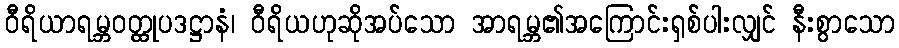
ဝီရိယာရမ္ဘဝတ္ထုပဒဋ္ဌာနံ၊ ဝီရိယဟုဆိုအပ်သော အာရမ္ဘ၏အကြောင်းရှစ်ပါးလျှင် နီးစွာသော